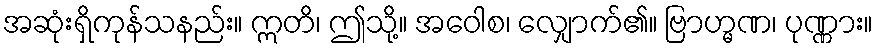
အဆုံးရှိကုန်သနည်း။ ဣတိ၊ ဤသို့။ အဝေါစ၊ လျှောက်၏။ ဗြာဟ္မဏ၊ ပုဏ္ဏား။